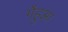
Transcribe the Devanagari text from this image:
गेंहुआ